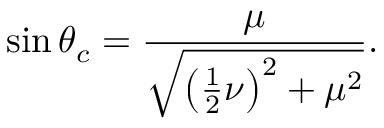
\sin { \theta _ { c } } = \frac { \mu } { \sqrt { \left( \frac { 1 } { 2 } \nu \right) ^ { 2 } + \mu ^ { 2 } } } .